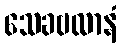
သေခဗလာနံ